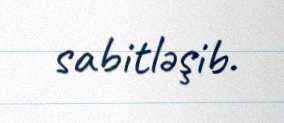
sabitləşib.